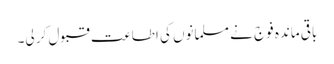
باقی ماندہ فوج نے مسلمانوں کی اطاعت قبول کر لی۔